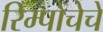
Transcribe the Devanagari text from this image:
रिम्पोचेचे